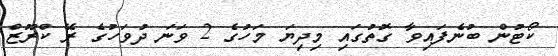
ކޯޓުން ބުނެފައިވާ ގޮތުގައި މިދިޔަ މަހުގެ 2 ވަނަ ދުވަހުގެ ރޭ ކްރޫޒް